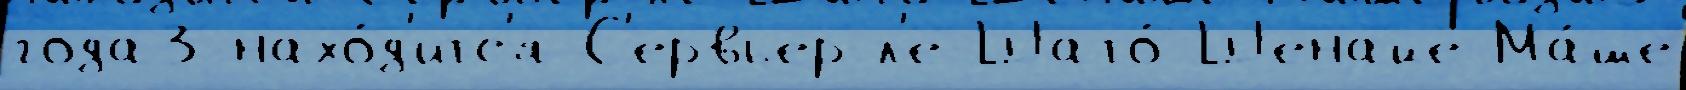
года3 нахо́д'итс'я С'ервьер-л'е-Шато́ Шенайе-Ма́ше